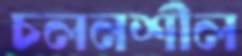
চলনশীল